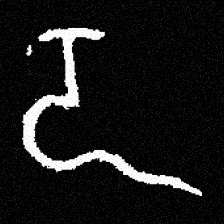
Pyu character \u2014 Myanmar letter: ဍ (romanized: dda)